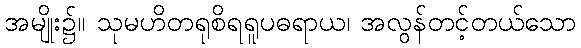
အမျိုး၌။ သုမဟိတရုစိရရူပဓရာယ၊ အလွန်တင့်တယ်သော